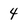
Character: 4